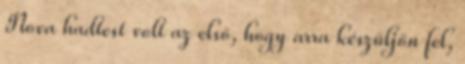
Nova hadtest volt az első, hogy arra készüljön fel,